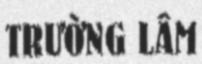
TRƯỜNG LÂM